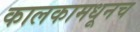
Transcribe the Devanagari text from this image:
कालकामधूनच